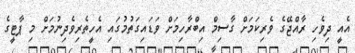
އެއީ ދިވެހި ރާއްޖޭގެ ވެރިކަމަށް ގާސިމް އިބްރާހިމަށް ވަޑައިގަތުމުގައި އެހީތެރިވެދިނުމަށް މި ޕާޓީގެ